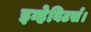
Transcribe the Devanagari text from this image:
इन्हेबिटर्स।